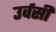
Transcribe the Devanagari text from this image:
उर्वसी